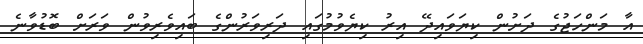
އާ މަންހަޖުގެ ދަށުން ކިޔަވައިދޭ އިރު ކިޔެވުމުގައި ދަރިވަރުންގެ ބައިވެރިވުން ވަރަށް ބޮޑުވާނެ